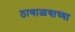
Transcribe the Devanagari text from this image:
ठाणाळयाच्या